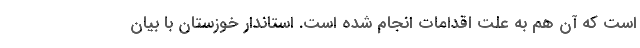
است که آن هم به علت اقدامات انجام شده است. استاندار خوزستان با بیان